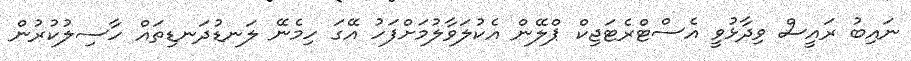
ނައިބު ރައީސް ވިދާޅުވީ އެސްޓްރެޓަޖިކް ޕްލޭން އެކުލަވާލުމަށްފަހު އޭގަ ހިމެނޭ ލަނޑުދަނޑިތައް ހާސިލުކުރުން